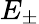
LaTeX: E_{\pm}